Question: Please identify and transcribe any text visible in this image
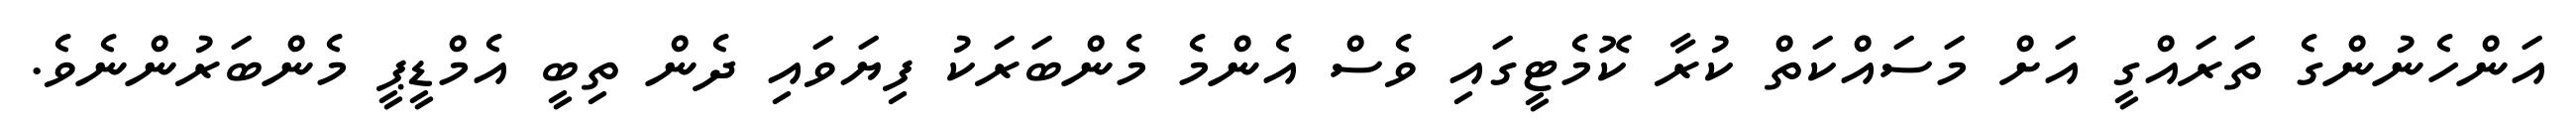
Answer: އަންހެނުންގެ ތަރައްގީ އަށް މަސައްކަތް ކުރާ ކޮމެޓީގައި ވެސް އެންމެ މެންބަރަކު ފިޔަވައި ދެން ތިބީ އެމްޑީޕީ މެންބަރުންނެވެ.